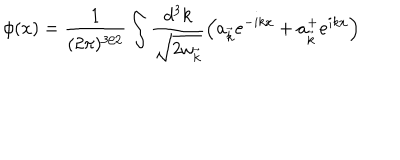
LaTeX: \phi ( x ) = \frac { 1 } { ( 2 \pi ) ^ { 3 / 2 } } \int \frac { d ^ { 3 } k } { \sqrt { 2 { \omega } _ { \vec { k } } } } \left( a _ { \vec { k } } e ^ { - i k x } + a _ { \vec { k } } ^ { + } e ^ { i k x } \right)